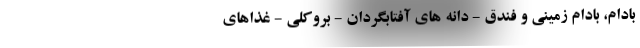
بادام، بادام زمینی و فندق - دانه های آفتابگردان - بروکلی - غذاهای